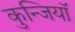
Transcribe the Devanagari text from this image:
कुन्जियाॅ